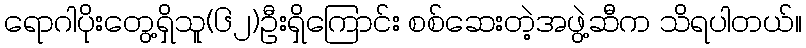
ရောဂါပိုးတွေ့ရှိသူ(၆၂)ဦးရှိကြောင်း စစ်ဆေးတဲ့အဖွဲ့ဆီက သိရပါတယ်။